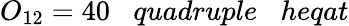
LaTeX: O_{12}=40\; \; \; quadruple\; \; \; heqat